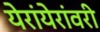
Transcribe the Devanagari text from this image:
येरांयेरांवरी